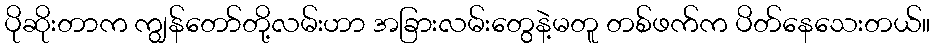
ပိုဆိုးတာက ကျွန်တော်တို့လမ်းဟာ အခြားလမ်းတွေနဲ့မတူ တစ်ဖက်က ပိတ်နေသေးတယ်။